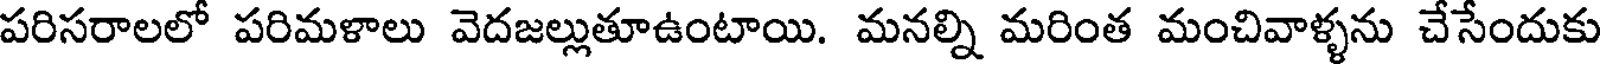
పరిసరాలలో పరిమళాలు వెదజల్లుతూఉంటాయి. మనల్ని మరింత మంచివాళ్ళను చేసేందుకు